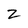
Character: Z